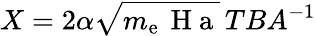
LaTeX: {X=2\alpha\sqrt{m_{\mathrm{e}}\, \mathrm{~H~a~}}\, TBA^{-1}}